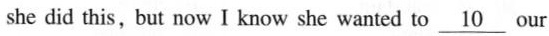
she did this ,but now I knouw